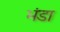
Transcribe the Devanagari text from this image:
भंडा